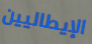
الإيطاليين